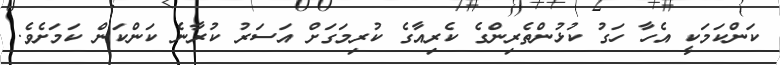
ކަންކަމަކީ އެހާ ހަގު ކުޅުންތެރިންގެ ކެރިއާގެ ކުރިމަގަށް އަސަރު ކުރާނެ ކަންކަން ކަމަށެވެ.